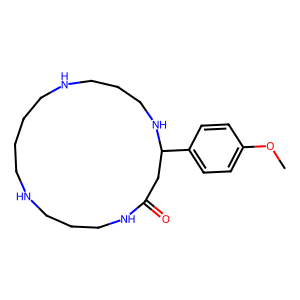
SMILES: COc1ccc(C2CC(=O)NCCCNCCCCNCCCN2)cc1
Inhibits HIV replication: No